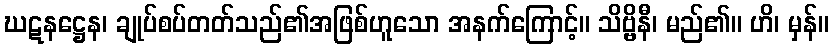
ဃဋနဋ္ဌေန၊ ချုပ်စပ်တတ်သည်၏အဖြစ်ဟူသော အနက်ကြောင့်။ သိဗ္ဗိနီ၊ မည်၏။ ဟိ၊ မှန်။